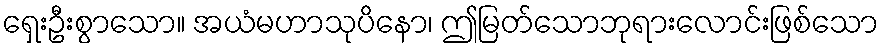
ရှေးဦးစွာသော။ အယံမဟာသုပိနော၊ ဤမြတ်သောဘုရားလောင်းဖြစ်သော